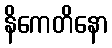
နိကေတိနော